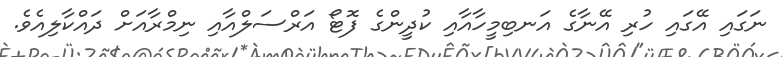
ނަގައި އޭގައި ހުރި އޭނާގެ އަނބިމީހާއާއި ކުދީންގެ ފޮޓޯ އަރްސަލްއާއި ނިމްރާއަށް ދައްކާލިއެވެ.